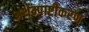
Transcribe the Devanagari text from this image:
अर्थम्पाष्टीकरण